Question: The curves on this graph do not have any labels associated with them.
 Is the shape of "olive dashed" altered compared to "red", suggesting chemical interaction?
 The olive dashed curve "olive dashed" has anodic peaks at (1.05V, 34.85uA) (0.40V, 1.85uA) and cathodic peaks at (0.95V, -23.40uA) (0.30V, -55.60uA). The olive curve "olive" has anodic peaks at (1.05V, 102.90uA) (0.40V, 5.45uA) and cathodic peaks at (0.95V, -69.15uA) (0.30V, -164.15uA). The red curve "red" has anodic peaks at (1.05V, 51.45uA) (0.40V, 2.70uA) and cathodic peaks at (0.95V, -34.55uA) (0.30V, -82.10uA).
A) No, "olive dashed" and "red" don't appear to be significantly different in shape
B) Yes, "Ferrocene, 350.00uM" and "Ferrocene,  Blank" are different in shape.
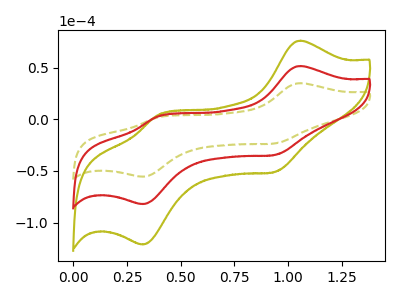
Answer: <think>All the peaks in "olive dashed" have a peak in "red" at the same potential. Every peak in "olive dashed" is lower than every peak in "red".
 </think>
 <answer>A) No, "olive dashed" and "red" don't appear to be significantly different in shape</answer>
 <eval>A</eval>